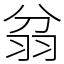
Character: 𦐈